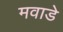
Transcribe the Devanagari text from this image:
मवाडे